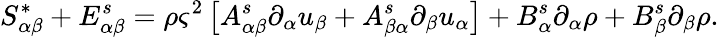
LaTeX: S_{\alpha\beta}^{*}+E_{\alpha\beta}^{s}=\rho\varsigma^{2}\left[A_{\alpha\beta}^{s}\partial_{\alpha}u_{\beta}+A_{\beta\alpha}^{s}\partial_{\beta}u_{\alpha}\right]+B_{\alpha}^{s}\partial_{\alpha}\rho+B_{\beta}^{s}\partial_{\beta}\rho.